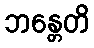
ဘန္တေတိ